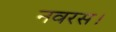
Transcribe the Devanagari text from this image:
नवरस।